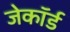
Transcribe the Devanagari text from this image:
जेकॉर्ड